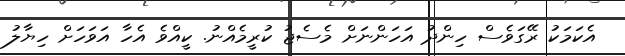
އެކަމަކު ރޭގަވެސް ހިންދު އަހަންނަށް މެސެޖު ކުރީމެއްނު. ކީއްވެ އެހާ އަވަހަށް ހިޔާލު